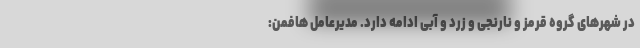
در شهر‌های گروه قرمز و نارنجی و زرد و آبی ادامه دارد. مدیرعامل هافمن: